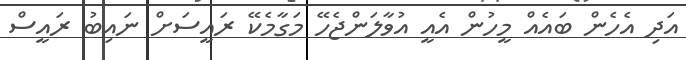
އަދި އެހެން ބައެއް މީހުން އެއީ އުވާލަންޖެހޭ މަގާމެކޭ ރައީސަށް ނައިބު ރައީސް